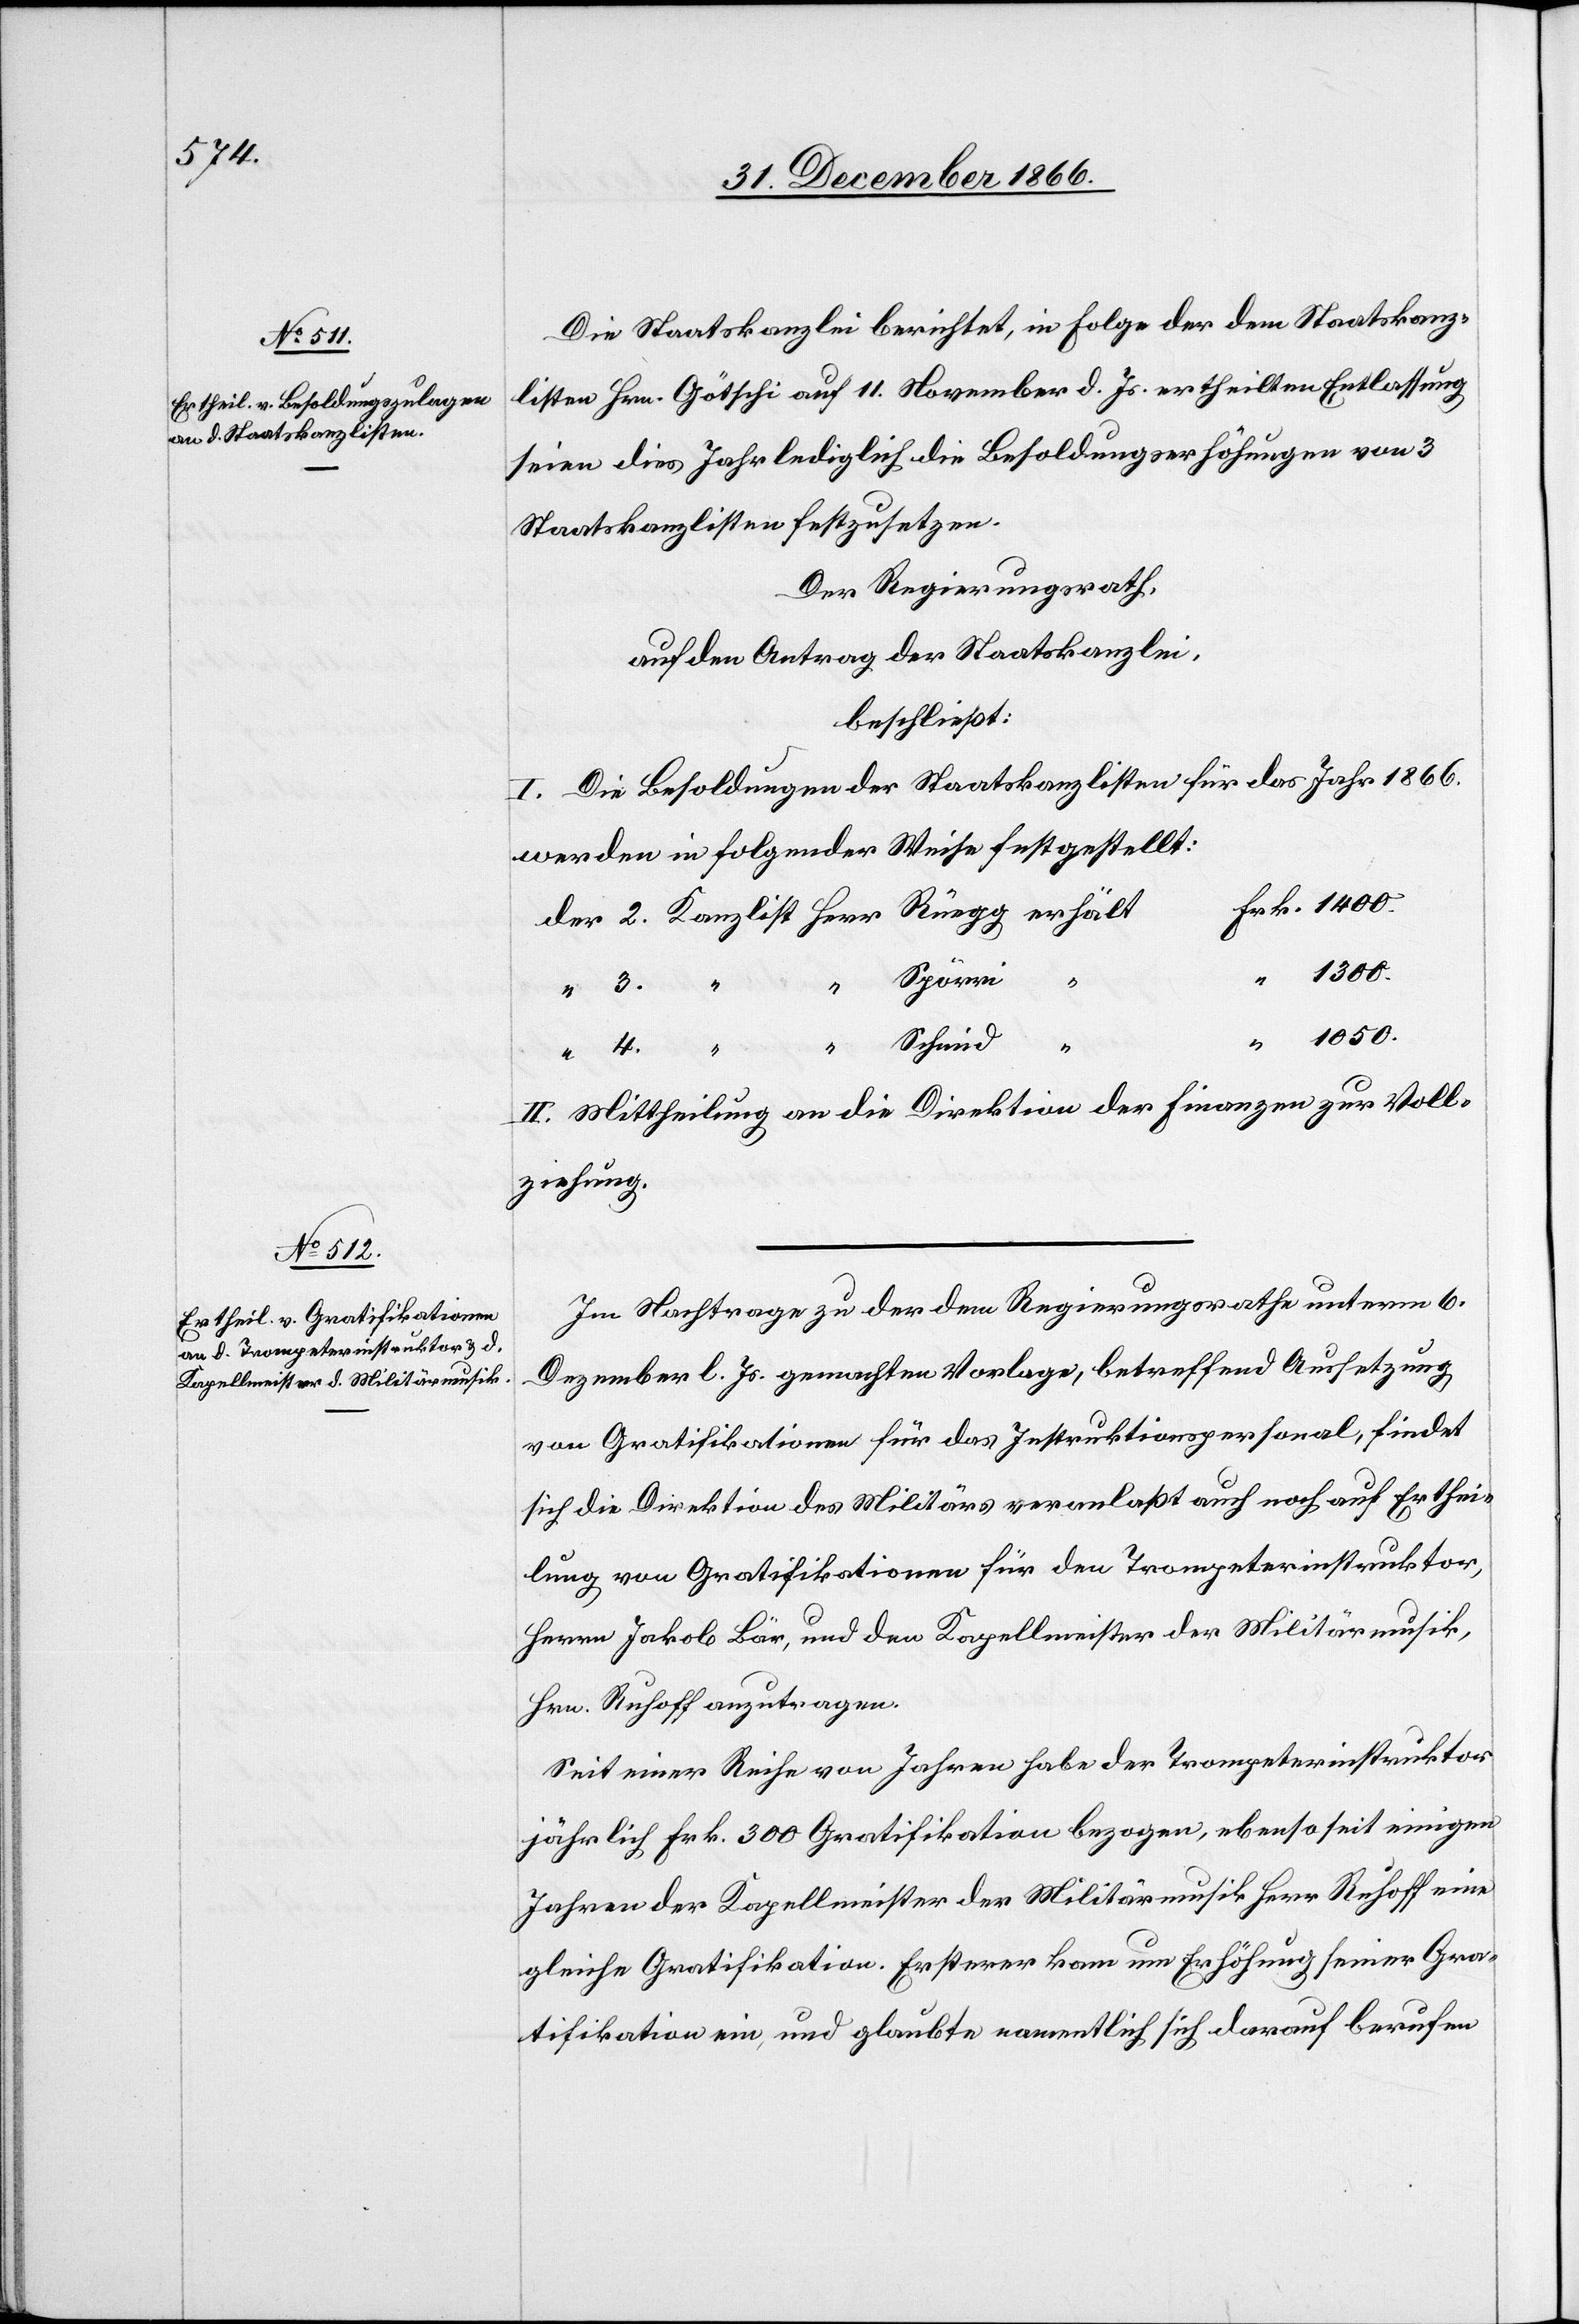
1050.

Die Staatskanzlei berichtet, in Folge der dem Staatskanz¬
listen Hrn. Götschi auf 11. November d. Js. ertheilten Entlassung
seien dies Jahr lediglich die Besoldungserhöhungen von 3
Staatskanzlisten festzusetzen.
Der Regierungsrath,
auf den Antrag der Staatskanzlei,
beschließt:
I. Die Besoldungen der Staatskanzlisten für das Jahr 1866
werden in folgender Weise festgestellt:
Spörri
1300.
4.
Herr
II. Mittheilung an die Direktion der Finanzen zur Voll¬
ziehung.
Im Nachtrage zu der dem Regierungsrathe unterm 6.
Dezember l. Js. gemachten Vorlage, betreffend Aussetzung
von Gratifikationen für das Instruktionspersonal, findet
sich die Direktion des Militärs veranlaßt auch noch auf Erthei¬
lung von Gratifikationen für den Trompeterinstruktor,
Herrn Jakob Bär, und den Kapellmeister der Militärmusik,
Hrn. Ruhoff anzutragen.
Seit einer Reihe von Jahren habe der Trompeterinstruktor
jährlich Frk. 300 Gratifikation bezogen, ebenso seit einigen
Jahren der Kapellmeister der Militärmusik Herr Ruhoff eine
gleiche Gratifikation. Ersterer kam um Erhöhung seiner Gra¬
tifikation ein, und glaubte namentlich sich darauf berufen